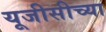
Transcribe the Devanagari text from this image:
यूजीसीच्या